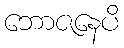
ဘောဇနေပိ